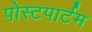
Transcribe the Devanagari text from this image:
पोस्‍टपार्टम